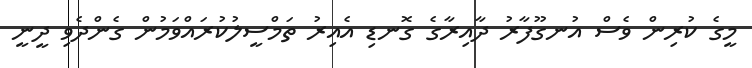
މީގެ ކުރިން ވެސް އުނގޫފާރު ދާއިރާގެ ގޮނޑި އެއިރު ތަމްސީލުކުރައްވަމުން ގެންދެވި ދީނީ